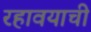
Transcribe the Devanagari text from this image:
रहावयाची